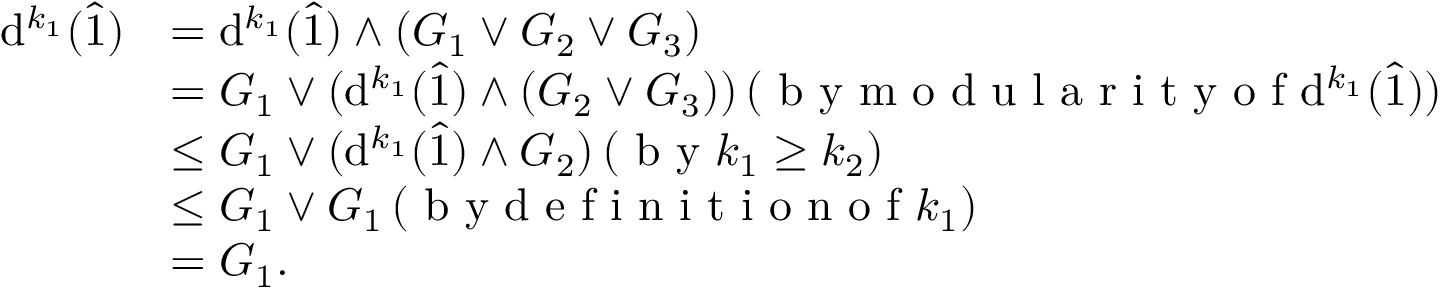
\begin{array} { r l } { \mathrm { d } ^ { k _ { 1 } } ( \hat { 1 } ) } & { = \mathrm { d } ^ { k _ { 1 } } ( \hat { 1 } ) \wedge ( G _ { 1 } \vee G _ { 2 } \vee G _ { 3 } ) } \\ & { = G _ { 1 } \vee ( \mathrm { d } ^ { k _ { 1 } } ( \hat { 1 } ) \wedge ( G _ { 2 } \vee G _ { 3 } ) ) \, ( \textrm { b y m o d u l a r i t y o f } \mathrm { d } ^ { k _ { 1 } } ( \hat { 1 } ) ) } \\ & { \leq G _ { 1 } \vee ( \mathrm { d } ^ { k _ { 1 } } ( \hat { 1 } ) \wedge G _ { 2 } ) \, ( \textrm { b y } k _ { 1 } \geq k _ { 2 } ) } \\ & { \leq G _ { 1 } \vee G _ { 1 } \, ( \textrm { b y d e f i n i t i o n o f } k _ { 1 } ) } \\ & { = G _ { 1 } . } \end{array}